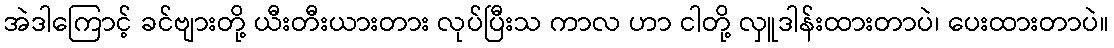
အဲဒါကြောင့် ခင်ဗျားတို့ ယီးတီးယားတား လုပ်ပြီးသ ကာလ ဟာ ငါတို့ လှူဒါန်းထားတာပဲ၊ ပေးထားတာပဲ။